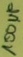
Text: 100µF